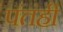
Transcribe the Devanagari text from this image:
पंतंही